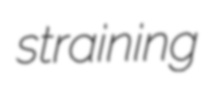
straining